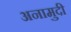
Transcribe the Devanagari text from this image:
अनामुदी